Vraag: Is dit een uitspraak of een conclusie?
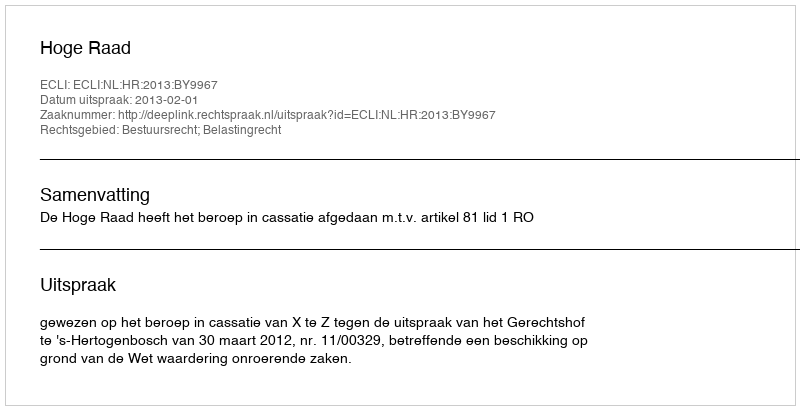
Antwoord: Uitspraak